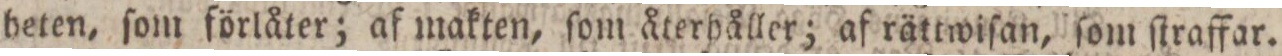
heten, ſom förlåter; af makten, ſom återhåller; af rättwiſan, ſom ſtraffar.